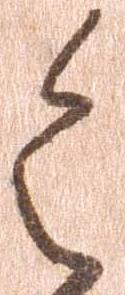
令